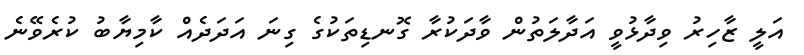
އަލީ ޒާހިރު ވިދާޅުވީ އަދާލަތުން ވާދަކުރާ ގޮނޑިތަކުގެ ގިނަ އަދަދެއް ކާމިޔާބު ކުރެވޭނެ